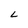
Character: L